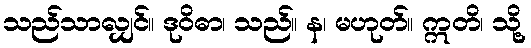
သည်သာလျှင်။ ဒုဝိဓာ၊ သည်။ န၊ မဟုတ်။ ဣတိ၊ သို့